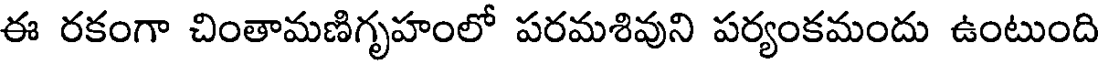
ఈ రకంగా చింతామణిగృహంలో పరమశివుని పర్యంకమందు ఉంటుంది